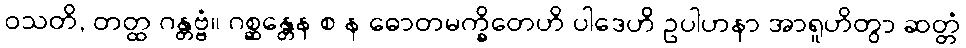
ဝသတိ, တတ္ထ ဂန္တဗ္ဗံ။ ဂစ္ဆန္တေန စ န ဓောတမက္ခိတေဟိ ပါဒေဟိ ဥပါဟနာ အာရူဟိတွာ ဆတ္တံ